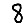
Digit: 8